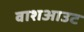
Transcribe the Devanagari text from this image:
वाशआउट